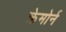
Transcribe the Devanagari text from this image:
क्रेमोर्न